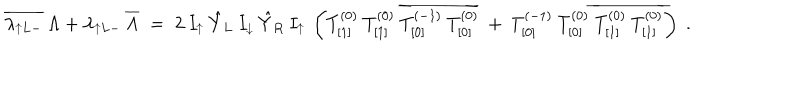
LaTeX: \overline { { { \lambda _ { \uparrow L - } } } } \: \Lambda + \lambda _ { \uparrow L - } \: \overline { { { \Lambda } } } \; = \; 2 \: I _ { \uparrow } \: \hat { Y } _ { L } \: I _ { \downarrow } \: \hat { Y } _ { R } \: I _ { \uparrow } \: \left( T _ { [ 1 ] } ^ { ( 0 ) } \: T _ { [ 1 ] } ^ { ( 0 ) } \: \overline { { { T _ { [ 0 ] } ^ { ( - 1 ) } \: T _ { [ 0 ] } ^ { ( 0 ) } } } } \: + \: T _ { [ 0 ] } ^ { ( - 1 ) } \: T _ { [ 0 ] } ^ { ( 0 ) } \: \overline { { { T _ { [ 1 ] } ^ { ( 0 ) } \: T _ { [ 1 ] } ^ { ( 0 ) } } } } \right) \; .